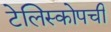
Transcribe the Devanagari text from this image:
टेलिस्कोपची